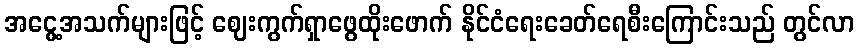
အငွေ့အသက်များဖြင့် ဈေးကွက်ရှာဖွေထိုးဖောက် နိုင်ငံရေးခေတ်ရေစီးကြောင်းသည် တွင်လာ